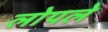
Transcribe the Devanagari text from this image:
लोपले